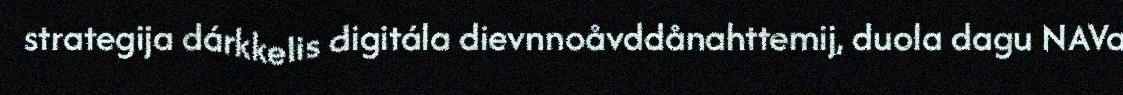
strategija dárkkelis digitála dievnnoåvddånahttemij, duola dagu NAVa